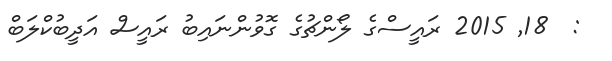
:  18